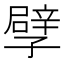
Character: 孹